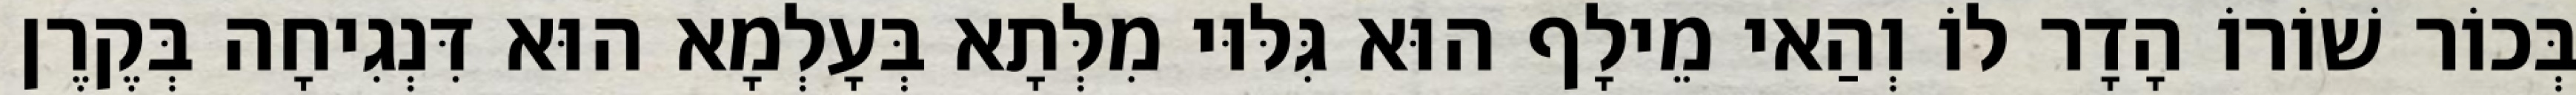
בְּכוֹר שׁוֹרוֹ הָדָר לוֹ וְהַאי מֵילָף הוּא גִּלּוּי מִלְּתָא בְּעָלְמָא הוּא דִּנְגִיחָה בְּקֶרֶן